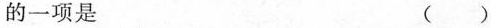
的一项是 ( )